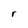
Character: r